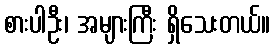
စားပါဦး၊ အများကြီး ရှိသေးတယ်။